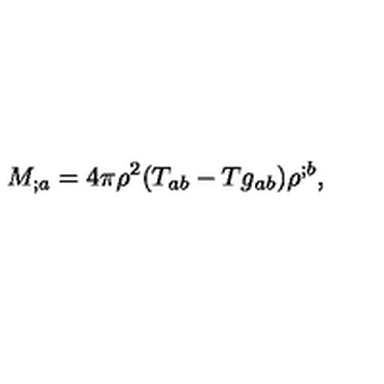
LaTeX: M _ { ; a } = 4 \pi \rho ^ { 2 } ( T _ { a b } - T g _ { a b } ) \rho ^ { ; b } ,